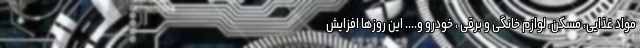
مواد غذایی، مسکن، لوازم خانگی و برقی ، خودرو و.... این روزها افزایش